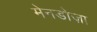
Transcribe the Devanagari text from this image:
मेनडोज़ा